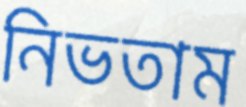
নিভতাম